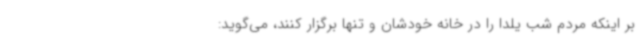
بر اینکه مردم شب یلدا را در خانه خودشان و تنها برگزار کنند، می‌گوید: